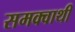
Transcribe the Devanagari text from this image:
समक्वाथी